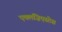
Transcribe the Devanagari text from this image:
एक्लज़िएस्टेस